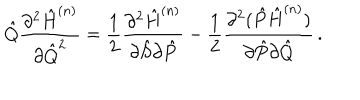
{ \hat { Q } } \frac { \partial ^ { 2 } { \hat { H } } ^ { ( n ) } } { \partial { \hat { Q } } ^ { 2 } } = \frac { 1 } { 2 } \frac { \partial ^ { 2 } { \hat { H } } ^ { ( n ) } } { \partial { \hat { S } } \partial { \hat { P } } } - \frac { 1 } { 2 } \frac { \partial ^ { 2 } ( { \hat { P } } { \hat { H } } ^ { ( n ) } ) } { \partial { \hat { P } } \partial { \hat { Q } } } \, .